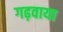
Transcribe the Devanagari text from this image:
गढ़वाया